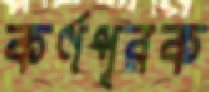
কর্ণপূরক